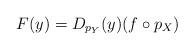
LaTeX: \begin{align*}F(y) = D_{p_{Y}}(y)(f \circ p_{X})\end{align*}